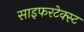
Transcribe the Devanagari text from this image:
साइफरटेक्स्ट